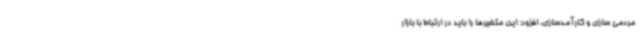
مردمی سازی و کارآمدسازی، افزود: این متغیرها را باید در ارتباط با بازار